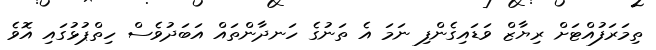
ތިމަރަފުއްޓަށް ރިޔާޒް ވަޑައިގެންފި ނަމަ އެ ތަނުގެ ހަނދާންތައް އަބަދުވެސް ހިތްޕުޅުގައި އޮވެ